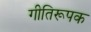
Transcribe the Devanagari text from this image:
गीतिरूपक